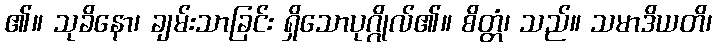
၏။ သုခိနော၊ ချမ်းသာခြင်း ရှိသောပုဂ္ဂိုလ်၏။ စိတ္တံ၊ သည်။ သမာဒိယတိ၊